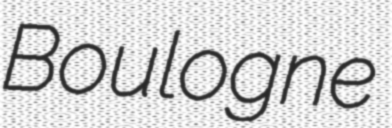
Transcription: Boulogne